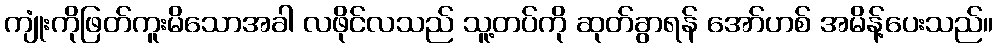
ကျုံးကိုဖြတ်ကူးမိသောအခါ လဖိုင်လသည် သူ့တပ်ကို ဆုတ်ခွာရန် အော်ဟစ် အမိန့်ပေးသည်။